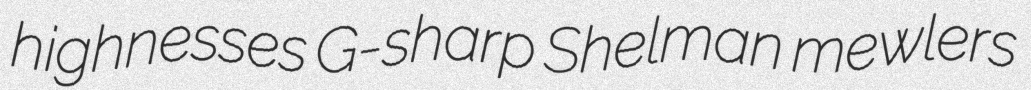
highnesses G-sharp Shelman mewlers